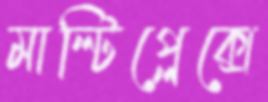
মাল্টিপ্লেক্সে